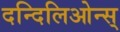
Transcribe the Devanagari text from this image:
दन्दिलिओन्स्